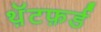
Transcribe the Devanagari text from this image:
थ़ॅटफ़र्ड